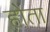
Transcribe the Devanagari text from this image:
होेता